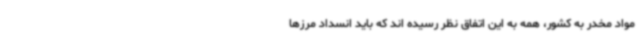
مواد مخدر به کشور، همه به این اتفاق نظر رسیده اند که باید انسداد مرزها